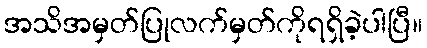
အသိအမှတ်ပြုလက်မှတ်ကိုရရှိခဲ့ပါပြီ။